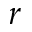
r